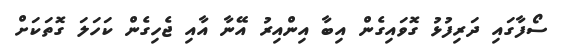
ސޯފާގައި ދަރިފުޅު ގޮވައިގެން އިބާ އިންއިރު އޭނާ އާއި ޖެހިގެން ކަހަލަ ގޮތަކަށް